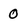
Character: 0